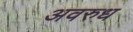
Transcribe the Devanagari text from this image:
अवरुध